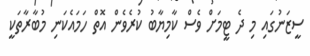
ސީޒަނުގައި މި ދެ ޓީމަށް ވެސް ކާމިޔާބު ކުރެވެން އޮތް ހަމައެކަނި މުބާރާތަކީ